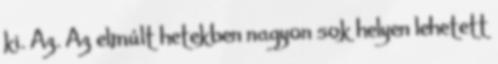
ki. Az. Az elmúlt hetekben nagyon sok helyen lehetett